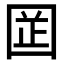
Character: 𡇬